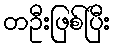
တဦးဖြစ်ပြီး